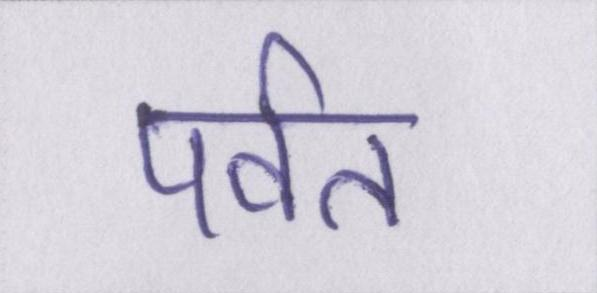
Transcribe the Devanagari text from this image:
पर्वत